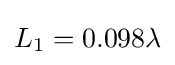
L_{1}=0.098\lambda